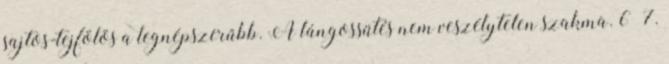
sajtos-tejfölös a legnépszerűbb. A lángossütés nem veszélytelen szakma. 6–7.